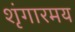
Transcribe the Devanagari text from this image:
शृंगारमय